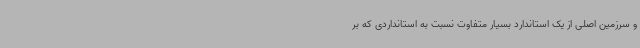
و سرزمین اصلی از یک استاندارد بسیار متفاوت نسبت به استانداردی که بر